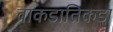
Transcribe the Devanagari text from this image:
वाकडातिकडा